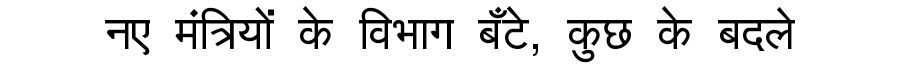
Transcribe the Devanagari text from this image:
नए मंत्रियों के विभाग बँटे, कुछ के बदले